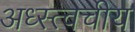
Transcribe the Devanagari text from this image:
अध्स्त्वचीय